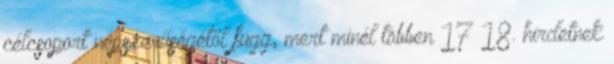
célcsoport népszerűségétől függ, mert minél többen 17 18. hirdetnek